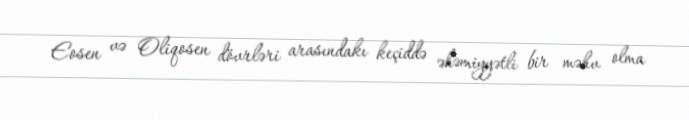
Eosen və Oliqosen dövrləri arasındakı keçiddə əhəmiyyətli bir məhv olma